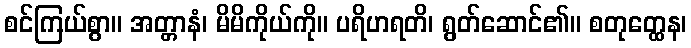
စင်ကြယ်စွာ။ အတ္တာနံ၊ မိမိကိုယ်ကို။ ပရိဟရတိ၊ ရွတ်ဆောင်၏။ စတုတ္ထေန၊